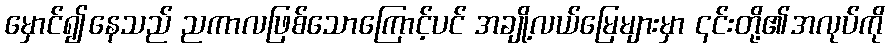
မှောင်၍နေသည် ညကာလဖြစ်သောကြောင့်ပင် အချို့လယ်မြေများမှာ ၎င်းတို့၏အလုပ်ကို